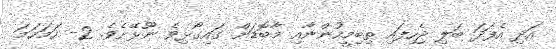
އަދި އެފަދަ ބަލި ޖެހިފައި ތިބިމީހުންނާއި މާބޮޑަށް ގައިގޯޅިވެ ނޫޅޭށެވެ. 2- ހަމަހަމަ